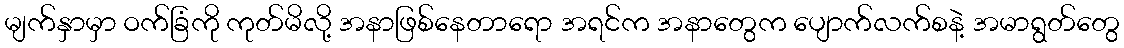
မျက်နှာမှာ ဝက်ခြံကို ကုတ်မိလို့ အနာဖြစ်နေတာရော အရင်က အနာတွေက ပျောက်လက်စနဲ့ အမာရွတ်တွေ